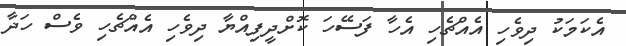
އެކަމަކު ދިވެހި އެއްޗެހި އެހާ ފަސޭހަ ކޮށްދީފިއްޔާ ދިވެހި އެއްޗެހި ވެސް ހަދާ